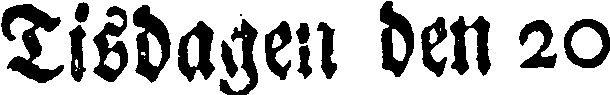
Tisdagen den 20